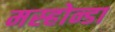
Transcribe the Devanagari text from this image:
मस्होन्डा